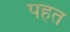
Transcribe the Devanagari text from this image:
पहत